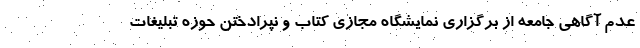
عدم آگاهی جامعه از برگزاری نمایشگاه مجازی کتاب و نپرادختن حوزه تبلیغات